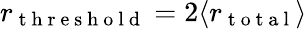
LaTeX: r_{\mathrm{~t~h~r~e~s~h~o~l~d~}}=2\langle r_{\mathrm{~t~o~t~a~l~}}\rangle